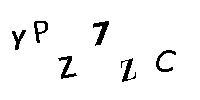
YPZ7ZC